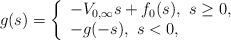
LaTeX: \begin{align*}g(s) = \left \{\begin{array}{ll}-V_{0,\infty}s + f_0(s), \ s\geq 0,\\-g(-s), \ s<0,\end{array}\right.\end{align*}